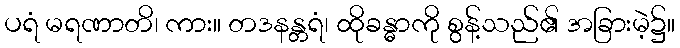
ပရံ မရဏာတိ၊ ကား။ တဒနန္တရံ၊ ထိုခန္ဓာကို စွန့်သည်၏ အခြားမဲ့၌။